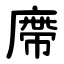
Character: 廗